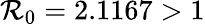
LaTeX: \mathcal{R}_{0}=2.1167>1